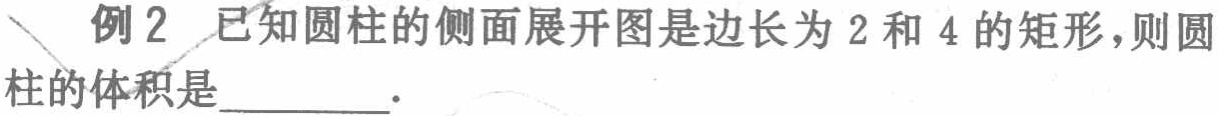
例2 已知圆柱的侧面展开图是边长为2和4的矩形，则圆柱的体积是________．